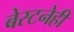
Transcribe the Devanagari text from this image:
बेस्टनेही